Vaccination report Assam 1896-1927 - 1896-1927
Year: 1896
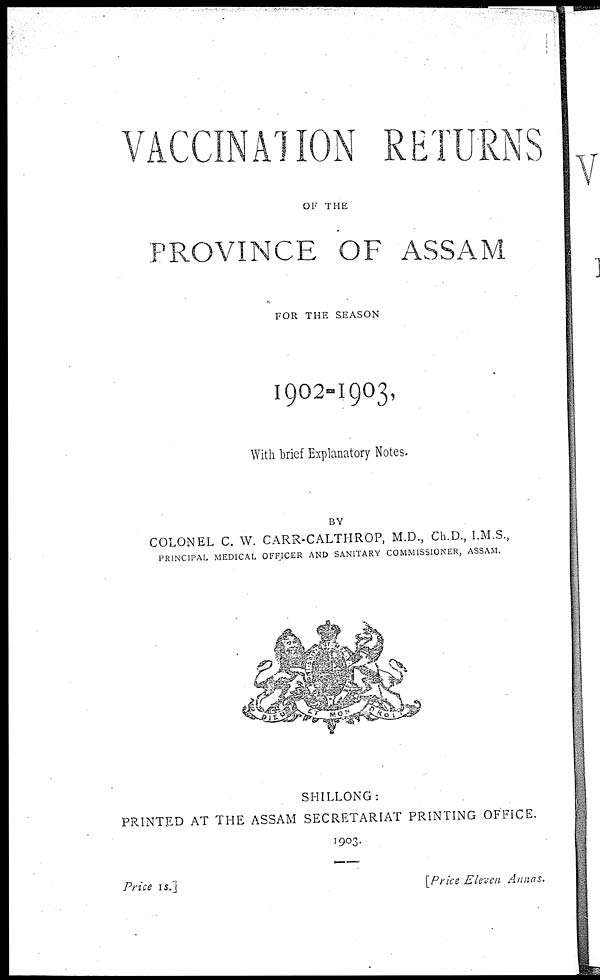
VACCINATION RETURNS
OF THE
PROVINCE OF ASSAM
FOR THE SEASON
1902-1903,
With brief Explanatory Notes.
BY
COLONEL C. W. CARR-CALTHROP, M.D., Ch.D., I.M.S.,
PRINCIPAL MEDICAL OFFICER AND SANITARY COMMISSIONER, ASSAM.
SHILLONG:
PRINTED AT THE ASSAM SECRETARIAT PRINTING OFFICE.
1903.
Price 1s.]
[Price Eleven Annas.